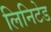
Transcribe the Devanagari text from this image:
लिनिटेड